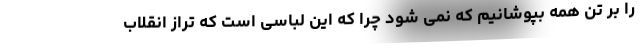
را بر تن همه بپوشانیم که نمی شود چرا که این لباسی است که تراز انقلاب